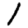
Digit: 1